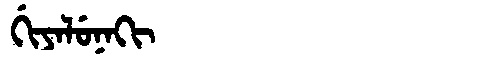
Manchu: ᡤᡳᠶᠠᠯᡠᠨᠠᡴᡳ
Romanization: GIYALUNAKI